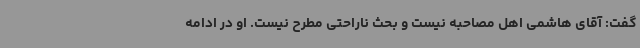
گفت: آقای هاشمی اهل مصاحبه نیست و بحث ناراحتی مطرح نیست. او در ادامه